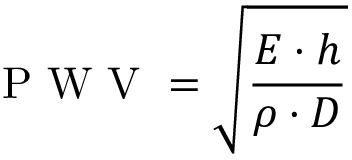
\mathrm { ~ P ~ W ~ V ~ } = \sqrt { \frac { E \cdot h } { \rho \cdot D } }